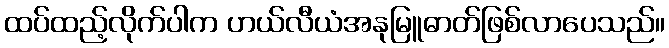
ထပ်ထည့်လိုက်ပါက ဟယ်လီယံအနုမြူဓာတ်ဖြစ်လာပေသည်။